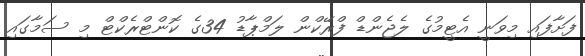
ފަށާފައި މިވަނީ އެޓީމުގެ ލެޖެންޑް ފްރޭކްން ލަމްޕާޑު 34ގެ ކޮންޓްރެކްޓް މި ސަމާގައި